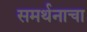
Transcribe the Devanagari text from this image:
समर्थनाचा